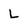
Character: L